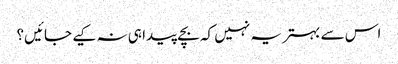
اس سے بہتر یہ نہیں کہ بچے پیدا ہی نہ کیے جائیں؟